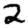
Digit: 2